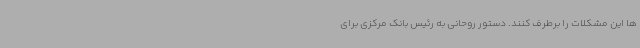
ها این مشکلات را برطرف کنند. دستور روحانی به رئیس بانک مرکزی برای